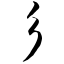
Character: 彡